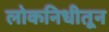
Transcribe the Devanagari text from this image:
लोकनिधीतून